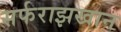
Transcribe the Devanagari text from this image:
सर्फराझखान